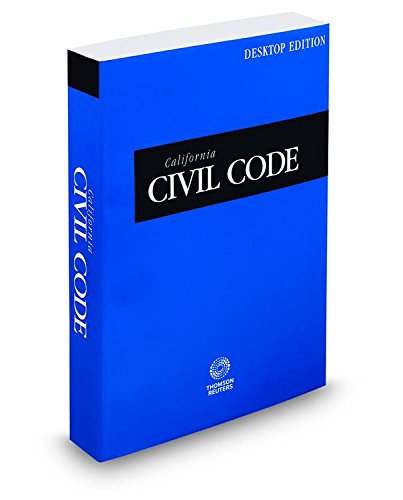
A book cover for California Civil Code 2015: Desktop Edition; Thomson West; Law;